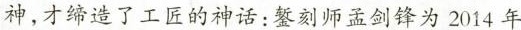
神，才缔造了工匠的神话：錾刻师孟剑锋为2014年